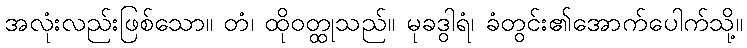
အလုံးလည်းဖြစ်သော။ တံ၊ ထိုဝတ္ထုသည်။ မုခဒွါရံ၊ ခံတွင်း၏အောက်ပေါက်သို့။